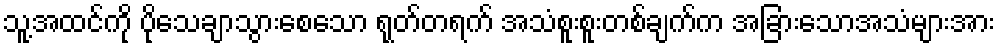
သူ့အထင်ကို ပိုသေချာသွားစေသော ရုတ်တရက် အသံစူးစူးတစ်ချက်က အခြားသောအသံများအား